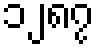
၁၂၈၇